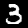
Digit: 3